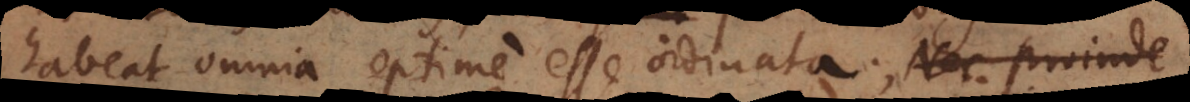
habeat omnia optime esse ordinata. Nec proinde;